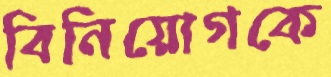
বিনিয়োগকে